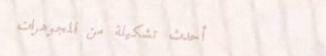
أحدث تشكيلة من المجوهرات